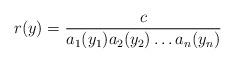
LaTeX: \begin{align*}r(y) = \frac{c}{a_1(y_1) a_2(y_2)\ldots a_n(y_n)}\end{align*}